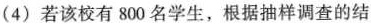
(4)若该校有800名学生，根据抽样调查的结